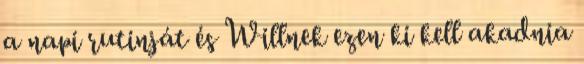
a napi rutinját és Willnek ezen ki kell akadnia